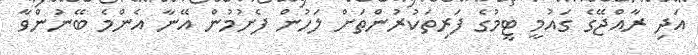
އަަދި ރާއްޖޭގެ ގައުމީ ޓީމުގެ ފަރިތަކުރުންތަށް ލަހުން ފެށުމުން އޭނާ އެންމެ ބޭނުންވާ